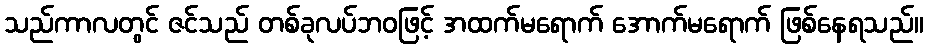
သည်ကာလတွင် ဇင်သည် တစ်ခုလပ်ဘဝဖြင့် အထက်မရောက် အောက်မရောက် ဖြစ်နေရသည်။